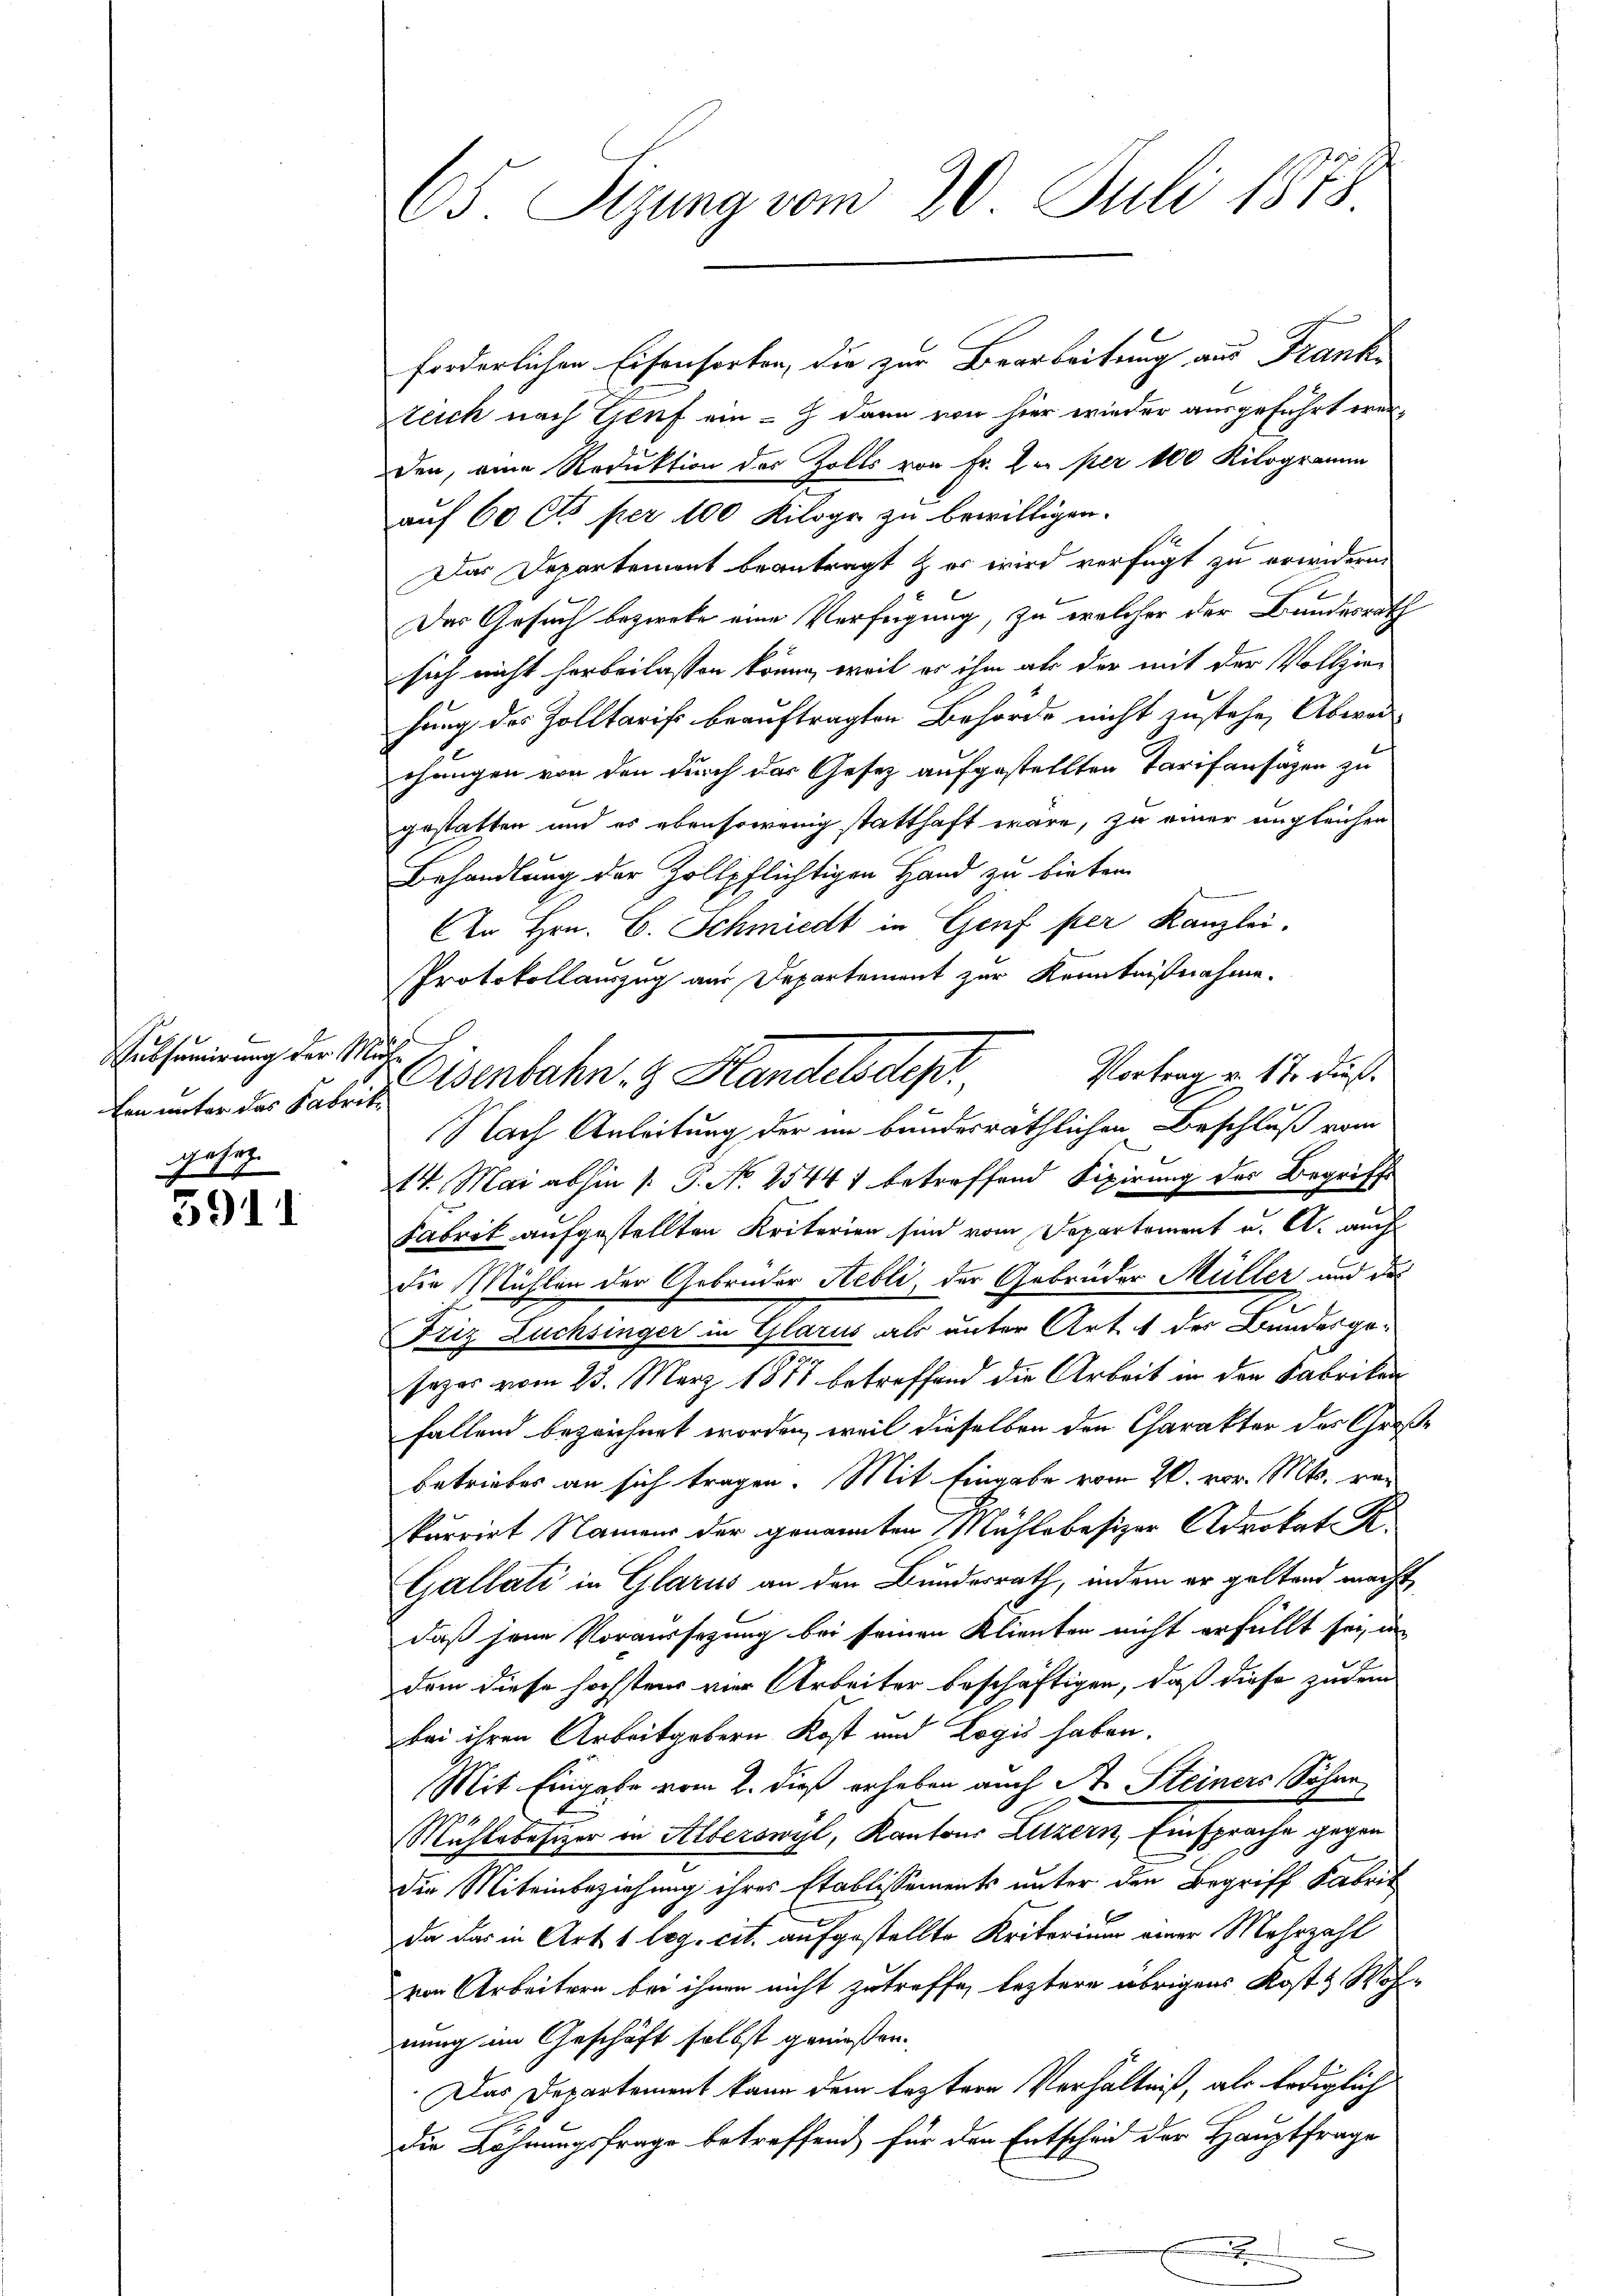
Subsumirung der Mutken unter das Fabrik¬

e
5911

B3. Sitzung vom 20. Juli 1875

forderlichen Eisenhorten, die zur Bearbeitung aus Frankteich nach Genf ein - dann von hier wieder ausgeführt werden, eine Reduktion des Zolls von Fr. 2. per 100 Kilogramm
auf 60 Cts per 100 Kilogo zu bewilligen.
Das Departement beantragt & er wird verfügt zu erwidern.
Das Gesuch beziehe eine Verfügung, zu welcher der Bundesrath
sich nicht herbeilassen könne, weil er ihm als der mit der Vollzie-
hung des Zolltarift beauftragten Behörde nicht zustehe, Abwei-
chungen von den durch das Gesetz aufgestellten Tarifansäzen zu
gestatten und es ebensowenig statthaft wäre, zu einer ungleichen
Behandlung der Zollpflichtigen Hand zu bieten
An Hrn. C. Schmiedt in Genf per Kanzlei.
Protokollauszug aus Departement zur Kenntnißnahme.
Eisenbahn z. Handelsdepr
14. Mai abhin 1. P. No 25447 betreffend Fixirung des Begriffs
Fabrik aufgestellten Kriterien sind vom Departement u. A. auch
die Mühlen der Gebrüder Hebli, der Gebrüder Müller und das
Friz Luchsinger in Glarus als unter Art. 1 des Bundesgesezes vom 23. März 1878 betreffend die Arbeit in den Fabriken
fallend bezeichnet worden, weil dieselben den Charakter des Großbetrieber an sich tragen. Mit Eingabe vom 20. vor. Mts. rei
kurrirt Namens der genannten Mühlebesizer Adrokat. R.
GGállati in Glarus an den Bundesrath, indem er geltend macht
daß jene Voraussezung bei seinen Klienten nicht erfüllt sei, un
dem diese höchsten vier Arbeiter beschäftigen, daß diese zudem
bei ihren Arbeitgebern Kost und Logis haben.
Mit Eingabe vom 2. dieß erheben auch St. Steiners Sohne
Mühlebesizer in Alberswyl, Kantons Litzern, Einsprache gegen
die Miteinbeziehung ihres Etablissements unter den Begriff Fabrit
da das in Art. 1 log. cit. aufgestellte Kritorium einer Mehrzahl
von Arbeitern bei ihnen nicht zutreffe, leztere übrigens Kost & Woh-
nung im Geschäft selbst geniessen.
Das Departement kann dem leztere Verhältniß, als lediglich
die Löhnungsfrage betreffend für den Entscheid der Hauptfrage

Vortrag v. 17. dieß.
Nach Anleitung der im bundesräthlichen Beschluß vom